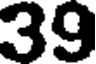
39